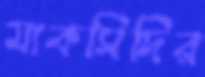
মাকসিদির